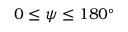
0 \le \psi \le 1 8 0 ^ { \circ }